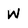
Character: W